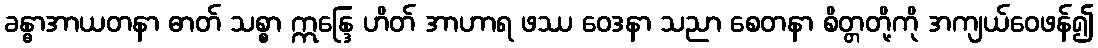
ခန္ဓာအာယတနာ ဓာတ် သစ္စာ ဣန္ဒြေ ဟိတ် အာဟာရ ဖဿ ဝေဒနာ သညာ စေတနာ စိတ္တတို့ကို အကျယ်ဝေဖန်၍